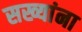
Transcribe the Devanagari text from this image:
सख्यांना